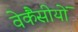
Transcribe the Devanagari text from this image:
वेकैंसीयों